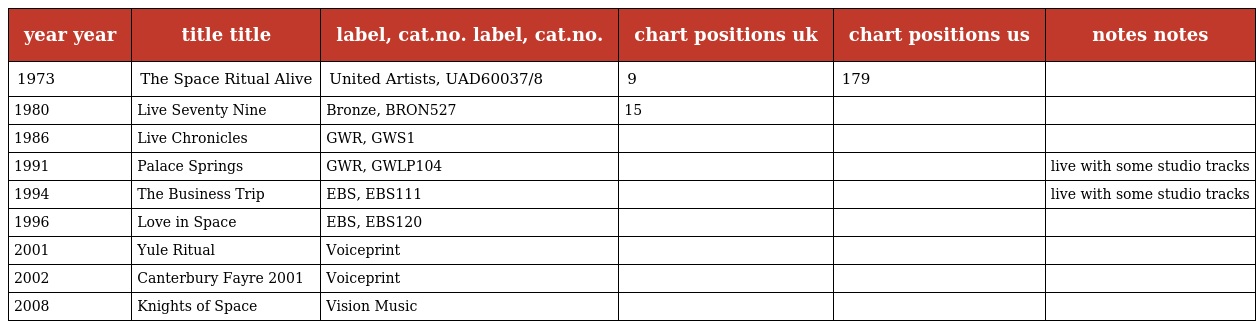
| year year | title title | label, cat.no. label, cat.no. | chart positions uk | chart positions us | notes notes |
 | --- | --- | --- | --- | --- | --- |
 | 1973 | The Space Ritual Alive | United Artists, UAD60037/8 | 9 | 179 |  |
 | 1980 | Live Seventy Nine | Bronze, BRON527 | 15 |  |  |
 | 1986 | Live Chronicles | GWR, GWS1 |  |  |  |
 | 1991 | Palace Springs | GWR, GWLP104 |  |  | live with some studio tracks |
 | 1994 | The Business Trip | EBS, EBS111 |  |  | live with some studio tracks |
 | 1996 | Love in Space | EBS, EBS120 |  |  |  |
 | 2001 | Yule Ritual | Voiceprint |  |  |  |
 | 2002 | Canterbury Fayre 2001 | Voiceprint |  |  |  |
 | 2008 | Knights of Space | Vision Music |  |  |  |